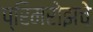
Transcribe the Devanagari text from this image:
प्रिमरोझचे